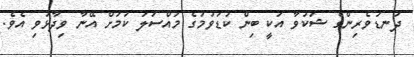
ދަނޑުވެރިންގެ ޝަކުވާ އަކީ ބިން ކުޑަވުމުގެ މައްސަލަ ކަމަށް އޭނާ ވިދާޅުވި އެވެ.